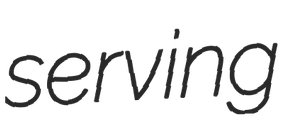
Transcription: serving